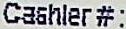
CASHIER#: